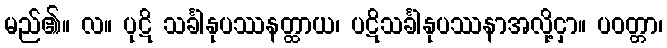
မည်၏။ လ။ ပုဋိ သင်္ခါနုပဿနတ္ထာယ၊ ပဋိသင်္ခါနုပဿနာအလို့ငှာ။ ပဝတ္တာ၊